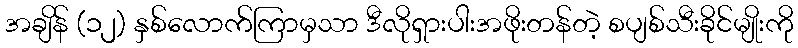
အချိန် (၁၂) နှစ်လောက်ကြာမှသာ ဒီလိုရှားပါးအဖိုးတန်တဲ့ စပျစ်သီးခိုင်မျိုးကို